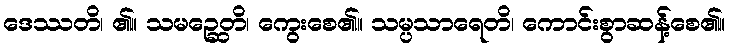
ဒေဿတိ၊ ၏။ သမဉ္ဆေတိ၊ ကွေးစေ၏။ သမ္ပသာရေတိ၊ ကောင်းစွာဆန့်စေ၏။